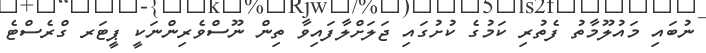
ނުބައި މައުލޫމާތު ފެތުރި ކަމުގެ ކުށުގައި ޖަލަށްލާފައިވާ ތިން ނޫސްވެރިންނަކީ ޕީޓަރ ގްރެސްޓެ